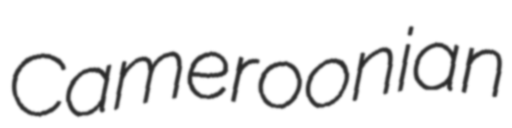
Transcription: Cameroonian